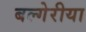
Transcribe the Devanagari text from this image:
बल्गेरीया